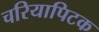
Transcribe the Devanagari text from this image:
चरियापिटक